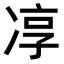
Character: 𭂓